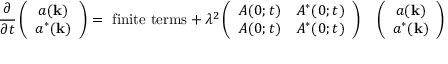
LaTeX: \frac { \partial } { \partial t } \left( \begin{array} { c } { { a ( { \bf k } ) } } \\ { { a ^ { * } ( { \bf k } ) } } \end{array} \right) = \mathrm { \cal ~ f i n i t e ~ t e r m s } + \lambda ^ { 2 } \left( \begin{array} { c c } { { A ( 0 ; t ) } } & { { A ^ { * } ( 0 ; t ) } } \\ { { A ( 0 ; t ) } } & { { A ^ { * } ( 0 ; t ) } } \end{array} \right) \ \; \; \left( \begin{array} { c } { { a ( { \bf k } ) } } \\ { { a ^ { * } ( { \bf k } ) } } \end{array} \right)